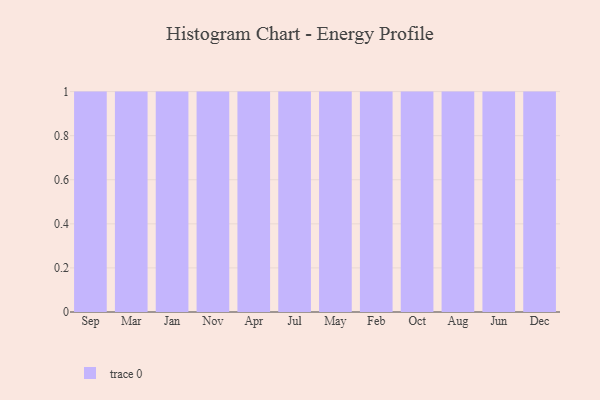
{"axis": {"x": "Month", "y": "Website Visitors"}, "legend": [""], "data": [{"x": "Sep", "y": 60, "type": ""}, {"x": "Mar", "y": 26, "type": ""}, {"x": "Jan", "y": 72, "type": ""}, {"x": "Nov", "y": 25, "type": ""}, {"x": "Apr", "y": 64, "type": ""}, {"x": "Jul", "y": 3, "type": ""}, {"x": "May", "y": 60, "type": ""}, {"x": "Feb", "y": 89, "type": ""}, {"x": "Oct", "y": 24, "type": ""}, {"x": "Aug", "y": 48, "type": ""}, {"x": "Jun", "y": 58, "type": ""}, {"x": "Dec", "y": 25, "type": ""}]}